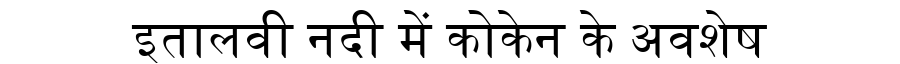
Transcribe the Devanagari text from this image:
इतालवी नदी में कोकेन के अवशेष